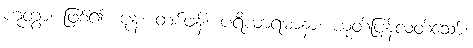
ဟုတွာ၊ ဖြစ်၍။ ပုန၊ တစ်ဖန်။ ပရိယာရမာနာ၊ ယုတ်ပြန်လတ်သော်။